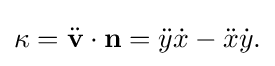
\displaystyle {\kappa ={\ddot {\mathbf {v} }}\cdot \mathbf {n} ={\ddot {y}}{\dot {x}}-{\ddot {x}}{\dot {y}}.}